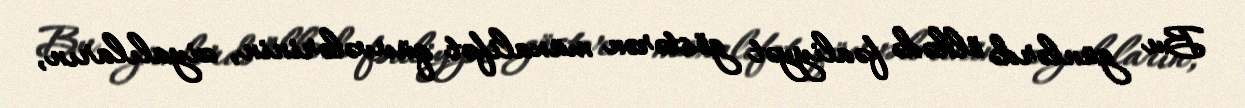
Bu günlərdə ölkədə fəaliyyət göstərən müxalifət qüvvələrinin, ziyalıların,